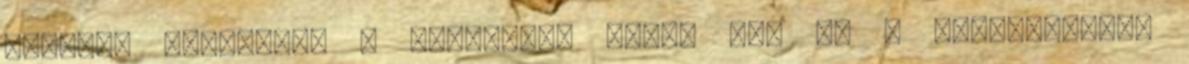
kedvenc csapatom, a Barcelona ellen is, és a bajnokságban